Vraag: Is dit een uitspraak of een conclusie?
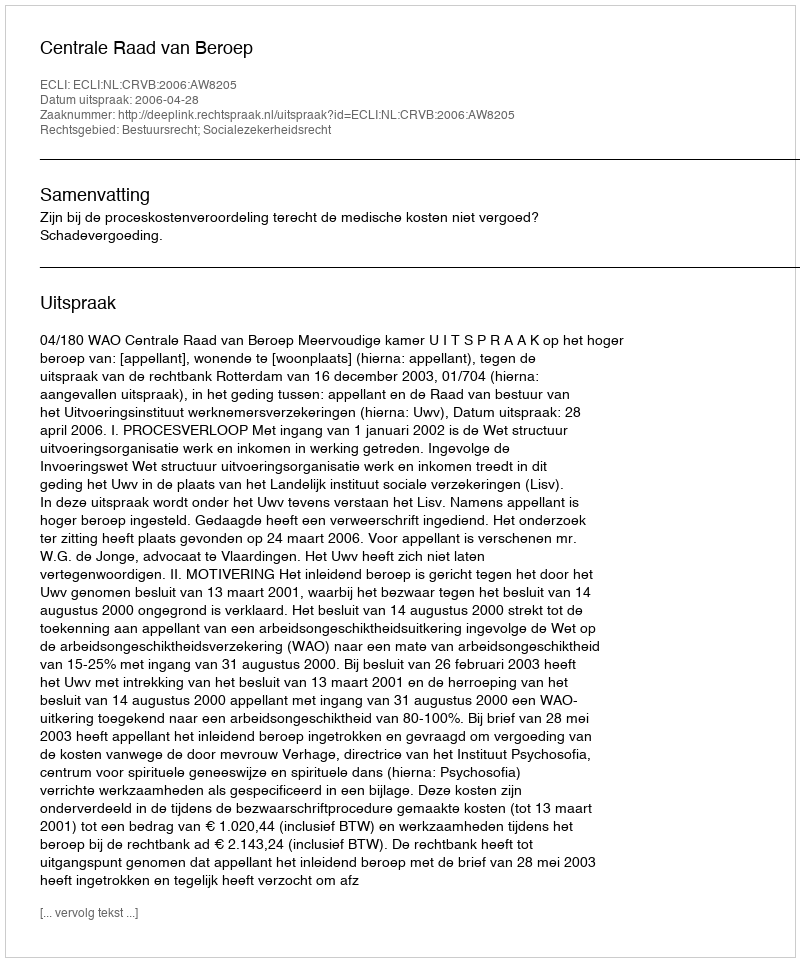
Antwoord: Uitspraak